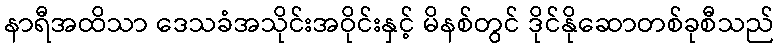
နာရီအထိသာ ဒေသခံအသိုင်းအဝိုင်းနှင့် မိနစ်တွင် ဒိုင်နိုဆောတစ်ခုစီသည်